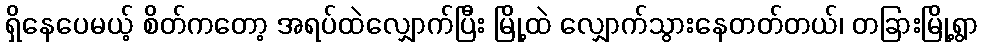
ရှိနေပေမယ့် စိတ်ကတော့ အရပ်ထဲလျှောက်ပြီး မြို့ထဲ လျှောက်သွားနေတတ်တယ်၊ တခြားမြို့ရွာ